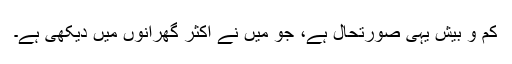
کم و بیش یہی صورتحال ہے، جو میں نے اکثر گھرانوں میں دیکھی ہے۔